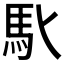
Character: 𩡬